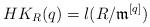
LaTeX: \begin{align*}HK_R(q)=l(R/\mathfrak{m}^{[q]})\end{align*}